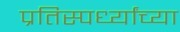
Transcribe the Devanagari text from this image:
प्रतिस्पर्ध्यांच्या